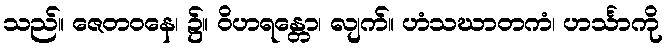
သည်။ ဇေတဝနေ၊ ၌။ ဝိဟရန္တော၊ လျက်။ ဟံသဃာတကံ၊ ဟင်္သာကို